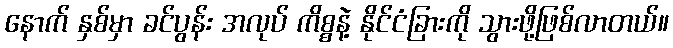
နောက် နှစ်မှာ ခင်ပွန်း အလုပ် ကိစ္စနဲ့ နိုင်ငံခြားကို သွားဖို့ဖြစ်လာတယ်။